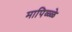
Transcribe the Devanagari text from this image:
मापिळ्ळे